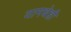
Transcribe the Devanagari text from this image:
यामधेही